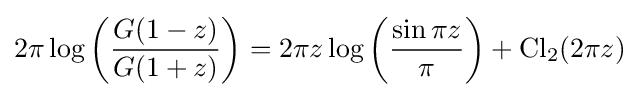
2\pi \log \left({\frac {G(1-z)}{G(1+z)}}\right)=2\pi z\log \left({\frac {\sin \pi z}{\pi }}\right)+\operatorname {Cl} _{2}(2\pi z)